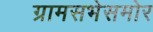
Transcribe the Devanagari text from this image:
ग्रामसभेसमोर